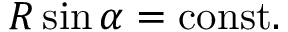
R \sin \alpha = { \mathrm { c o n s t . } }